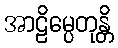
အာဠိမ္ပေတုန္တိ